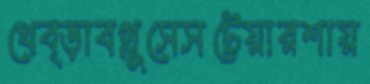
থেব্‌ড়াবগ্লুসেসটেয়ারশায়